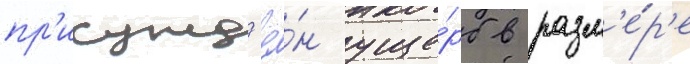
пр'исужд'ё́н уще́рб в разм'е́р'е